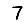
Digit: 7